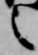
之